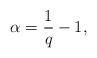
LaTeX: \begin{align*}\alpha = \frac{1}{q} - 1,\end{align*}